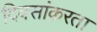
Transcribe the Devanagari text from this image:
दिवसांकरता